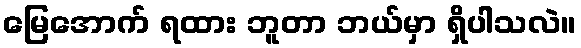
မြေအောက် ရထား ဘူတာ ဘယ်မှာ ရှိပါသလဲ။